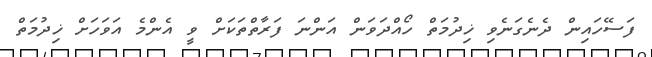
ފަސޭހައިން ދެނެގަނެވި ޚިދުމަތް ހޯއްދަވަން އަންނަ ފަރާތްތަކަށް ވީ އެންމެ އަވަހަށް ޚިދުމަތް